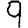
Digit: 9